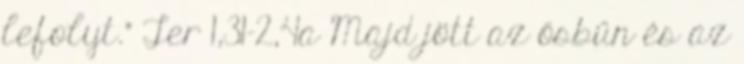
lefolyt.” Ter 1,31-2,4a Majd jött az ősbűn és az